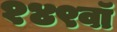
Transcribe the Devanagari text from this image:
१४९वॉ